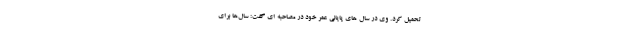
تحمیل کرد. وی در سال های پایانی عمر خود در مصاحبه ای گفت: سال‌ها برای